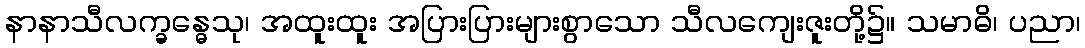
နာနာသီလက္ခန္ဓေသု၊ အထူးထူး အပြားပြားများစွာသော သီလကျေးဇူးတို့၌။ သမာဓိ၊ ပညာ၊